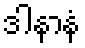
ဒါနာနံ